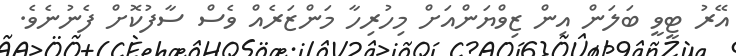
އޭރު ޓީވީ ބަލަން އިން ޒިވްޔަންއަށް މިހުރިހާ މަންޒަރެއް ވެސް ސާފުކޮށް ފެނުނެވެ.